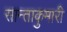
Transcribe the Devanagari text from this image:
सान्ताकुमारी